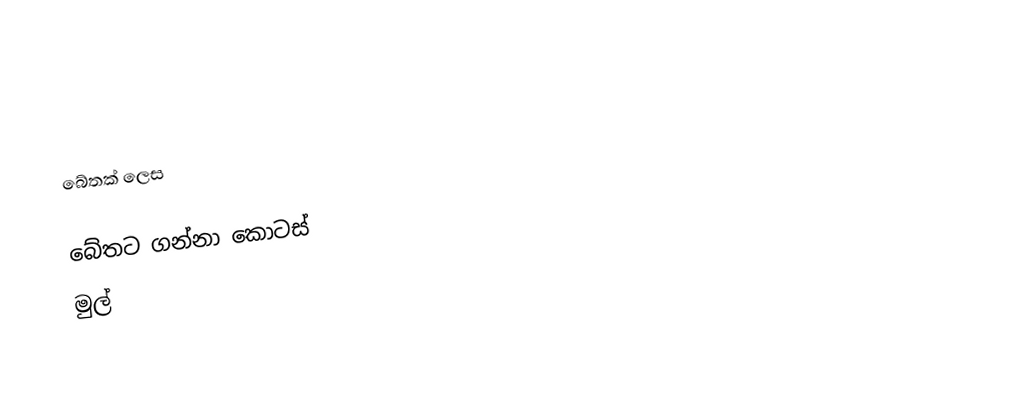

බේතක් ලෙස

බේතට ගන්නා කොටස්
 මුල්